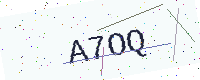
Text: A7OQ